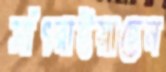
সাঁৎরাইয়াছেন